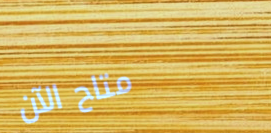
متاح الآن